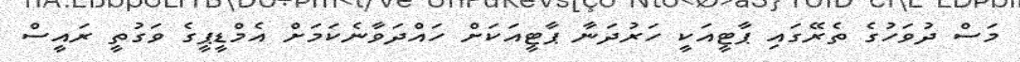
މަސް ދުވަހުގެ ތެރޭގައި ޕާޓީއަކީ ހަރުދަނާ ޕާޓީއަކަށް ހައްދަވާނެކަމަށް އެމްޑީޕީގެ ވަގުތީ ރައީސް